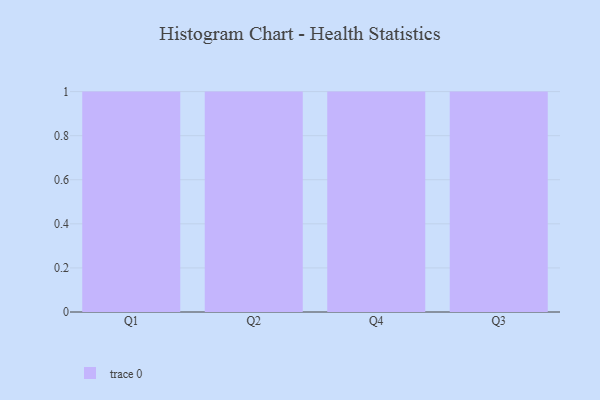
{"axis": {"x": "Quarter", "y": "Production Output"}, "legend": [""], "data": [{"x": "Q1", "y": 90, "type": ""}, {"x": "Q2", "y": 73, "type": ""}, {"x": "Q4", "y": 86, "type": ""}, {"x": "Q3", "y": 5, "type": ""}]}